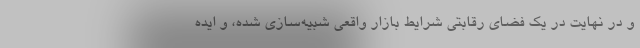
و در نهایت در یک فضای رقابتی شرایط بازار واقعی شبیه‌سازی شده، و ایده